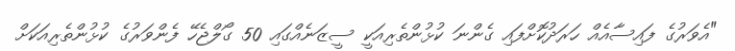
"އެވަރުގެ ފައިސާއެއް ހަރަދުކޮށްފައި ގެންނަ ކުޅުންތެރިއަކީ ސީޒަނެއްގައި 50 ގޯލްޖެހޭ ފެންވަރުގެ ކުޅުންތެރިއަކަށް